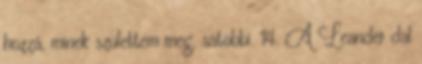
hozzá, minek születtem meg, satöbbi. 14. A Leander dal